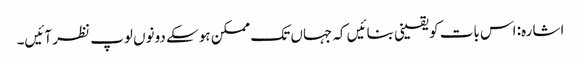
اشارہ: اس بات کو یقینی بنائیں کہ جہاں تک ممکن ہو سکے دونوں لوپ نظر آئیں۔